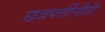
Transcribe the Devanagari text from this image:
छत्रपतींनीही